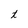
Character: t